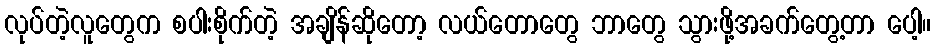
လုပ်တဲ့လူတွေက စပါးစိုက်တဲ့ အချိန်ဆိုတော့ လယ်တောတွေ ဘာတွေ သွားဖို့အခက်တွေ့တာ ပေါ့။